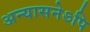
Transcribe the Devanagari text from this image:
अन्यासनेऽपि